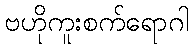
ဗဟိုကူးစက်ရောဂါ